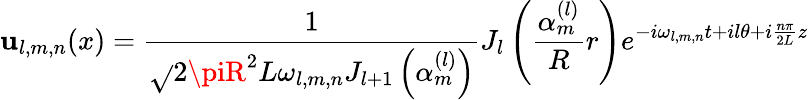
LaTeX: \mathbf{u}_{l,m,n}(x)=\frac{1}{{\sqrt{}{{2\piR^{2}L\omega_{l,m,n}}}J_{l+1}\left(\alpha_{m}^{(l)}\right)}}J_{l}\left(\frac{{\alpha_{m}^{(l)}}}{R}r\right)e^{-i\omega_{l,m,n}t+il\theta+i\frac{{n\pi}}{{2L}}z}